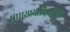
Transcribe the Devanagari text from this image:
सुधारण्याविषयीचा